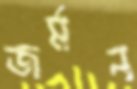
জর্মন